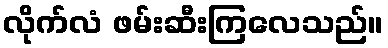
လိုက်လံ ဖမ်းဆီးကြလေသည်။